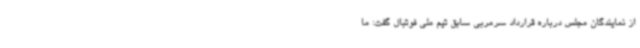
از نمایندگان مجلس درباره قرارداد سرمربی سابق تیم ملی فوتبال گفت: ما